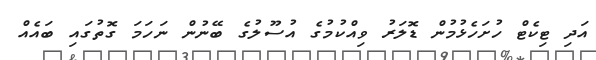
އަދި ޓިކެޓް ހުށަހެޅުމުން ޑޮލަރު ވިއްކުމުގެ އުސޫލުގެ ބޭނުން ނަހަމަ ގޮތުގައި ބައެއް